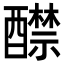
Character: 𨣤